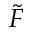
\widetilde { F }